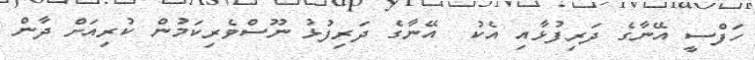
ހަފްސީ އޭނާގެ ދަރިފުޅާއި އެކު  އޭނާގެ ދަރިފުޅު ނޫސްވެރިކަމުން ކުރިއަށް ދާން